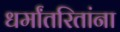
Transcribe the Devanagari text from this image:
धर्मांतरितांना